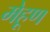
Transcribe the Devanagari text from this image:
मेहूण